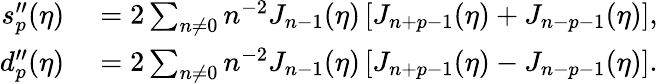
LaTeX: \begin{array}{rl}{s_{p}^{\prime\prime}(\eta)}&{{}=2\sum_{n\neq 0}n^{-2}J_{n-1}(\eta)\left[J_{n+p-1}(\eta)+J_{n-p-1}(\eta)\right],}\\ {d_{p}^{\prime\prime}(\eta)}&{{}=2\sum_{n\neq 0}n^{-2}J_{n-1}(\eta)\left[J_{n+p-1}(\eta)-J_{n-p-1}(\eta)\right].}\end{array}